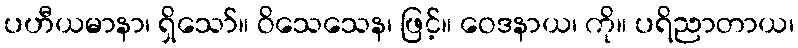
ပဟီယမာနာ၊ ရှိသော်။ ဝိသေသေန၊ ဖြင့်။ ဝေဒနာယ၊ ကို။ ပရိညာတာယ၊